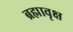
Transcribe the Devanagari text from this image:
ब्रह्मावृक्ष